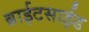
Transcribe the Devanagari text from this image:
ब्राईटसाईड